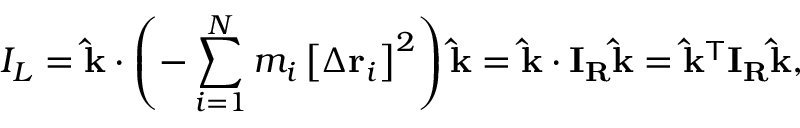
I _ { L } = \mathbf { \hat { k } } \cdot \left( - \sum _ { i = 1 } ^ { N } m _ { i } \left[ \Delta \mathbf { r } _ { i } \right] ^ { 2 } \right) \mathbf { \hat { k } } = \mathbf { \hat { k } } \cdot \mathbf { I } _ { \mathbf { R } } \mathbf { \hat { k } } = \mathbf { \hat { k } } ^ { \mathsf { T } } \mathbf { I } _ { \mathbf { R } } \mathbf { \hat { k } } ,